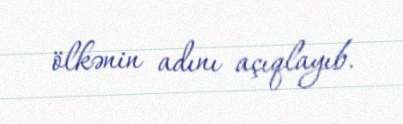
ölkənin adını açıqlayıb.